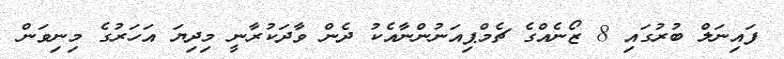
ފައިނަލް ބުރުގައި 8 ޒޯނެއްގެ ޗެމްޕިއަނުންނާއެކު ދެން ވާދަކުރާނީ މިދިޔަ އަހަރުގެ މިނިވަން